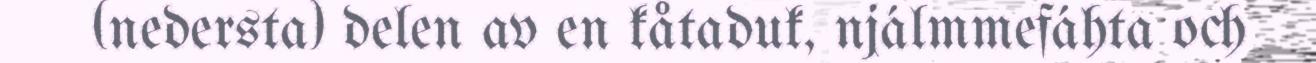
(nedersta) delen av en kåtaduk, njálmmefáhta och